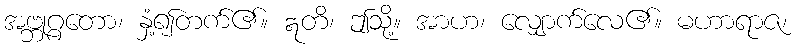
အဗ္ဘုဂ္ဂတော၊ နှံ့၍တက်၏။ ဣတိ၊ ဤသို့။ အာဟ၊ လျှောက်လေ၏။ မဟာရာဇ၊